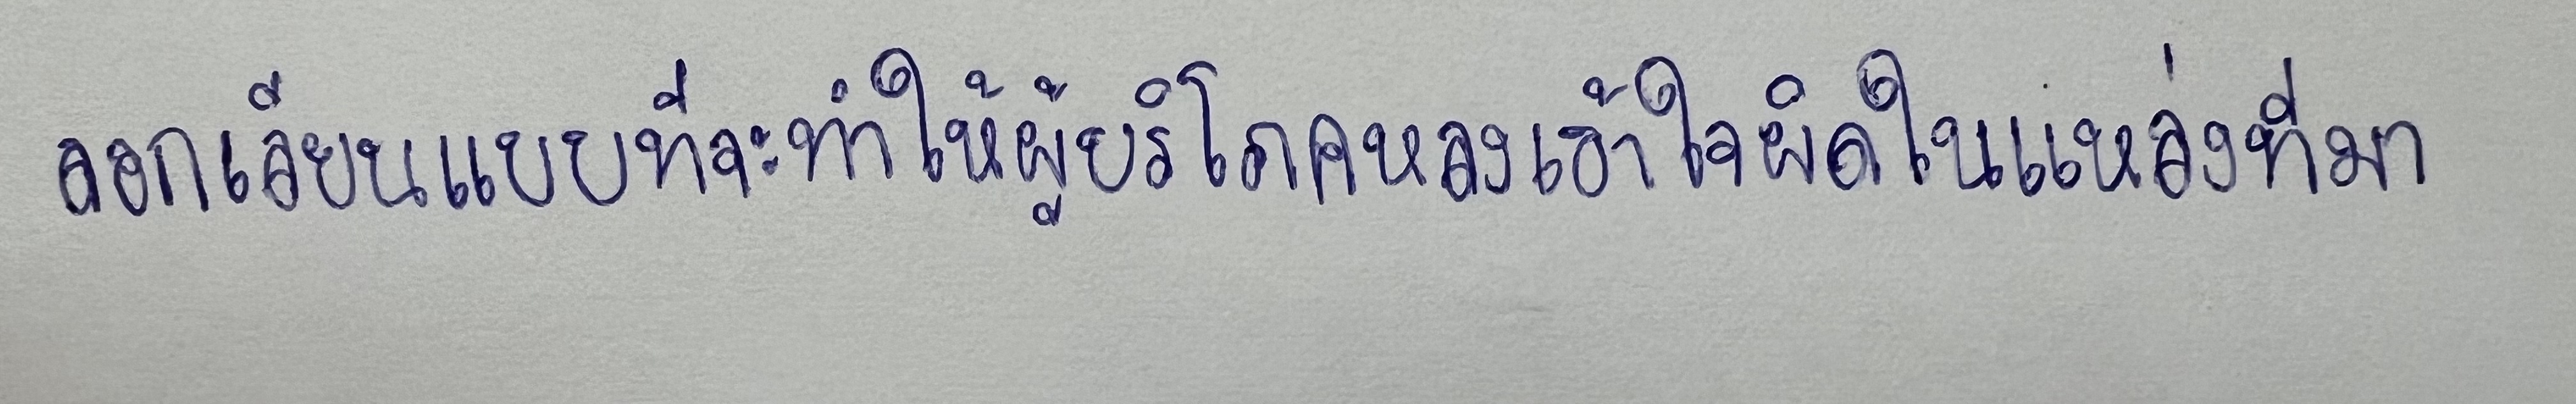
ลอกเลียนแบบที่จะทำให้ผู้บริโภคหลงเข้าใจผิดในแหล่งที่มา